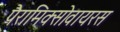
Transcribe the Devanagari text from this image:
पैरामिक्सोवायरस